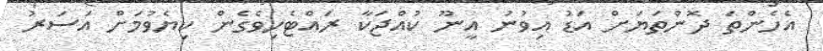
އެހެންތަ ދޮންތަޔަށް އަޑު އިވުނު އީނޫ ކުއްޖަކާ ރައްޓެހިވެގެން ކިޔެވުމަށް އަސަރު